Rangoon Lunatic Asylum 1878-1892 - 1878-1892
Year: 1878
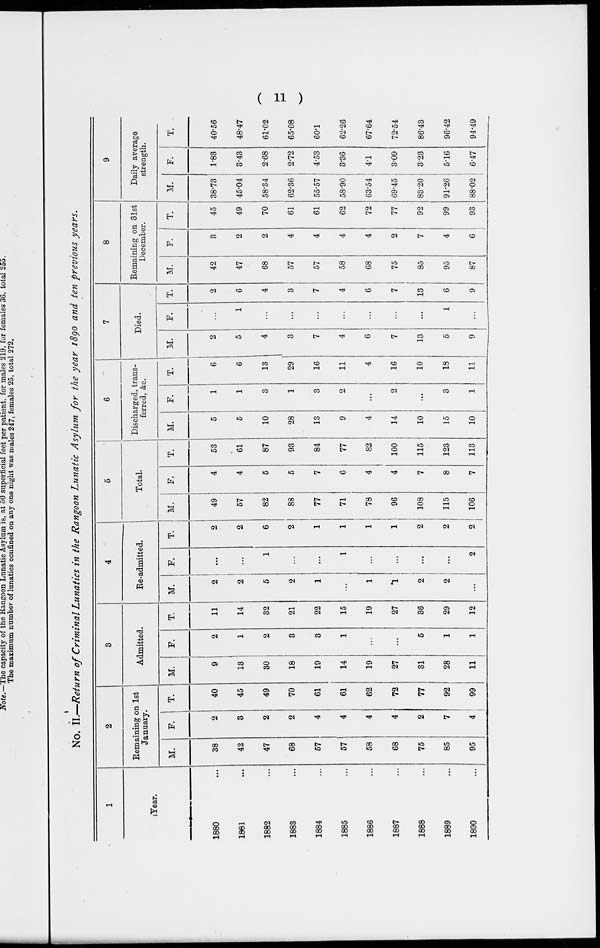
( 11 )
No. II.—Return of Criminal Lunatics in the Rangoon Lunatic Asylum for the year 1890 and ten previous years.
1
Year.
1880 ...
1881 ...
1882 ...
1883 ...
1884 ...
1885 ...
1886 ...
1887 ...
1888 ...
1889 ...
1890 ...
2
Remaining on 1st
January.
M.
38
42
47
68
57
57
58
68
75
85
95
F.
2
3
2
2
4
4
4
4
2
7
4
T.
40
45
49
70
61
61
62
72
77
92
99
3
Admitted.
M.
9
13
30
18
19
14
19
27
31
28
11
F.
2
1
2
3
3
1
...
...
5
1
1
T.
11
14
32
21
22
15
19
27
36
29
12
4
Re-admitted.
M.
2
2
5
2
1
...
1
1
2
2
...
F.
...
...
1
...
...
1
...
...
...
...
2
T.
2
2
6
2
1
1
1
1
2
2
2
5
Total.
M.
49
57
82
88
77
71
78
96
108
115
106
F.
4
4
5
5
7
6
4
4
7
8
7
T.
53
61
87
93
84
77
82
100
115
123
113
6
Discharged, trans-
ferred, &c.
M.
5
5
10
28
13
9
4
14
10
15
10
F.
1
1
3
1
3
2
...
2
...
3
1
T.
6
6
13
29
16
11
4
16
10
18
11
7
Died.
M.
2
5
4
3
7
4
6
7
13
5
9
F.
...
1
...
...
...
...
...
...
...
1
...
T.
2
6
4
3
7
4
6
7
13
6
9
8
Remaining on 31st
December.
M.
42
47
68
57
57
58
68
75
85
95
87
F.
3
2
2
4
4
4
4
2
7
4
6
T.
45
49
70
61
61
62
72
77
92
99
93
9
Daily average
strength.
M.
38.73
45.04
58.34
62.36
55.57
58.90
63.54
69.45
83.20
91.26
88.02
F.
1.83
3.43
2.68
2.72
4.53
3.36
4.1
3.09
3.23
5.16
6.47
T.
40.56
48.47
61.02
65.08
60.1
62.26
67.64
72.54
86.43
96.42
94.49